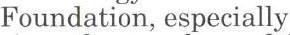
Foundation, especially